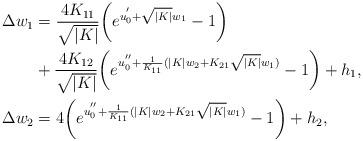
LaTeX: \begin{align*}\Delta w_1 &= \frac{4K_{11}}{\sqrt{|K|}}\bigg(e^{u_0^{'}+\sqrt{|K|}w_1}-1\bigg)\\&+\frac{4K_{12}}{\sqrt{|K|}}\bigg(e^{u_0^{''}+\frac{1}{K_{11}}(|K|w_2+K_{21}\sqrt{|K|}w_1)}-1\bigg)+h_1,\\\Delta w_2 &=4 \bigg(e^{u_0^{''}+\frac{1}{K_{11}}(|K|w_2+K_{21}\sqrt{|K|}w_1)}-1\bigg)+h_2,\end{align*}